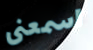
اسمعنى